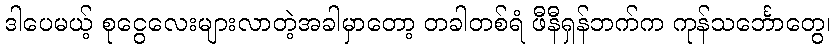
ဒါပေမယ့် စုငွေလေးများလာတဲ့အခါမှာတော့ တခါတစ်ရံ ဖီနီရှန်ဘက်က ကုန်သင်္ဘောတွေ၊